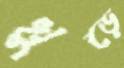
খুড়ে